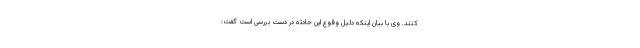
کنند. وی با بیان اینکه دلیل وقوع این حادثه در دست بررسی است گفت: